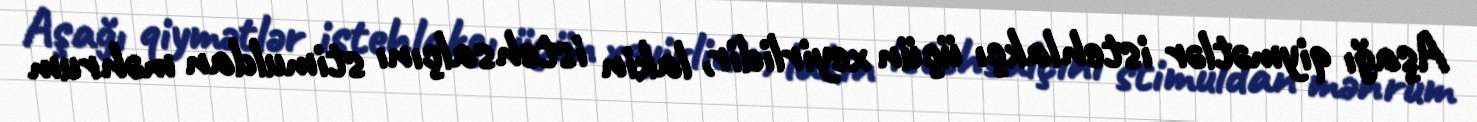
Aşağı qiymətlər istehlakçı üçün xeyirlidir, lakin istehsalçını stimuldan məhrum